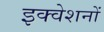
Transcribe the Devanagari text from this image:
इक्वेशनों